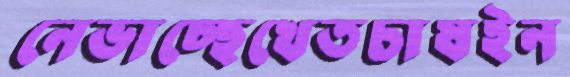
নেভাচ্ছেখেতচাষইন